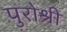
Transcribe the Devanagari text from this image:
पुरोश्री